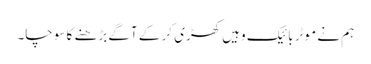
ہم نے موٹر بائیک وہیں کھڑی کر کے آگے بڑھنے کا سوچا۔